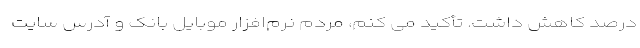
درصد کاهش داشت. تأکید می کنم، مردم نرم‌افزار موبایل بانک و آدرس سایت